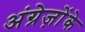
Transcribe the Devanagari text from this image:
अंग्रेज़ोंके